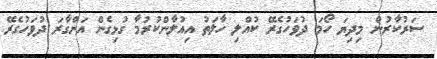
ސަރުކާރުން މިދިޔަ ހޯމަ ދުވަހުގެރޭ ކުއްލި ހާލަތު އިއުލާންކުރުމާ ގުޅިގެން އަންގާރަ ދުވަހުގެރޭ